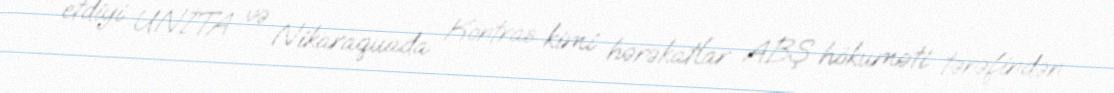
etdiyi UNİTA və Nikaraquada Kontras kimi hərəkatlar ABŞ hökuməti tərəfindən